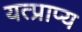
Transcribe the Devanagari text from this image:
यत्प्राप्य